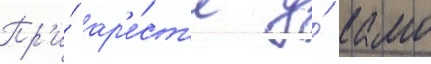
Пр'и́ ар'е́ст'е у́ камо